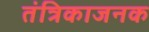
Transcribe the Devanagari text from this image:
तंत्रिकाजनक